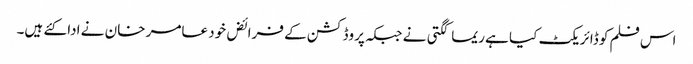
اس فلم کو ڈائریکٹ کیا ہے ریما کگتی نے جبکہ پروڈکشن کے فرائض خود عامر خان نے ادا کئے ہیں۔